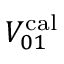
V _ { 0 1 } ^ { \mathrm { c a l } }